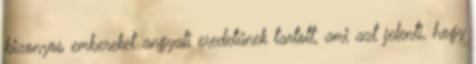
bizonyos embereket angyali eredetűnek tartott, ami azt jelenti, hogy